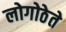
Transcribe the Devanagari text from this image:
लोगोठेते